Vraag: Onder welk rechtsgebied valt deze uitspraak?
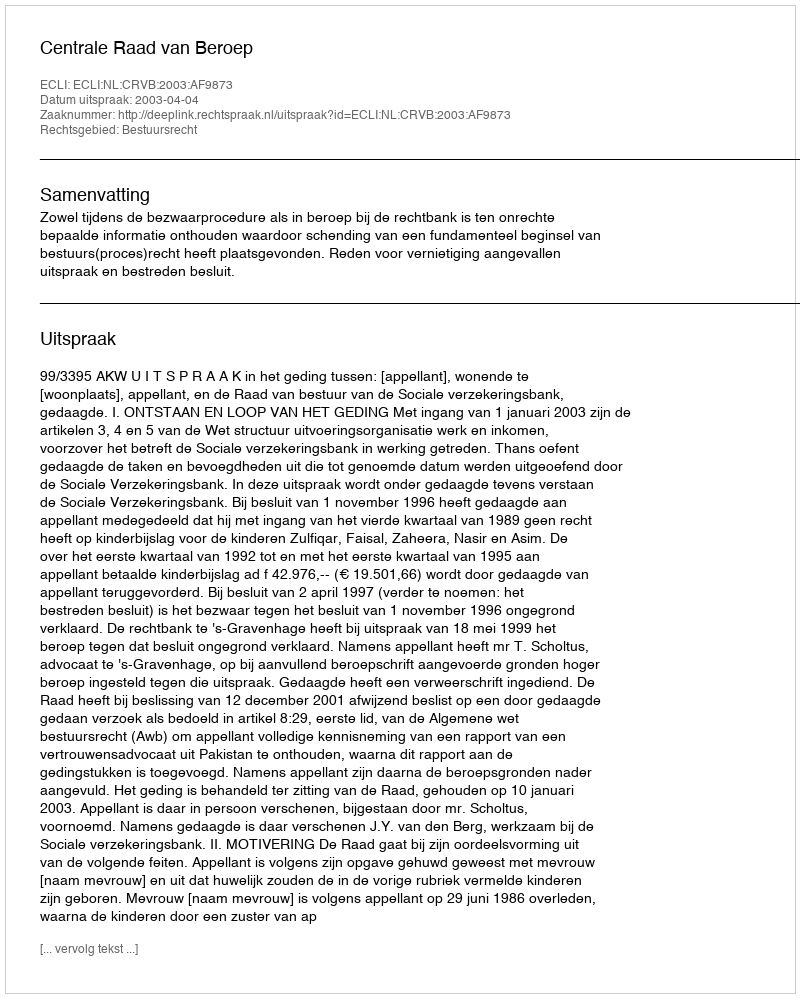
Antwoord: Bestuursrecht